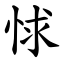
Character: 㤹